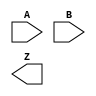
module XOR_gate(
    input A,
    input B,
    output Z
);

wire w1, w2, w3, w4, w5;

// First stage of inversion
not u1(
    .A(A),
    .Z(w1)
);

not u2(
    .A(B),
    .Z(w2)
);

// NAND gate
nand u3(
    .A(w1),
    .B(w2),
    .Z(w3)
);

// Second stage of inversion
not u4(
    .A(w3),
    .Z(w4)
);

not u5(
    .A(w3),
    .Z(w5)
);

// Transmission gate
assign Z = w5;

endmodule